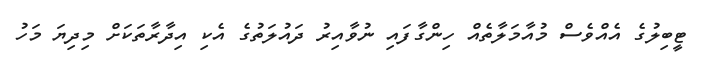
ޓީބިލުގެ އެއްވެސް މުއާމަލާތެއް ހިންގާފައި ނުވާއިރު ދައުލަތުގެ އެކި އިދާރާތަކަށް މިދިޔަ މަހު